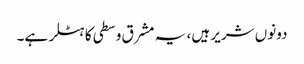
دونوں شریر ہیں ، یہ مشرق وسطی کا ہٹلر ہے۔